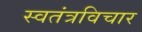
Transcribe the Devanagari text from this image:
स्वतंत्रविचार